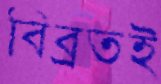
বিব্রতই